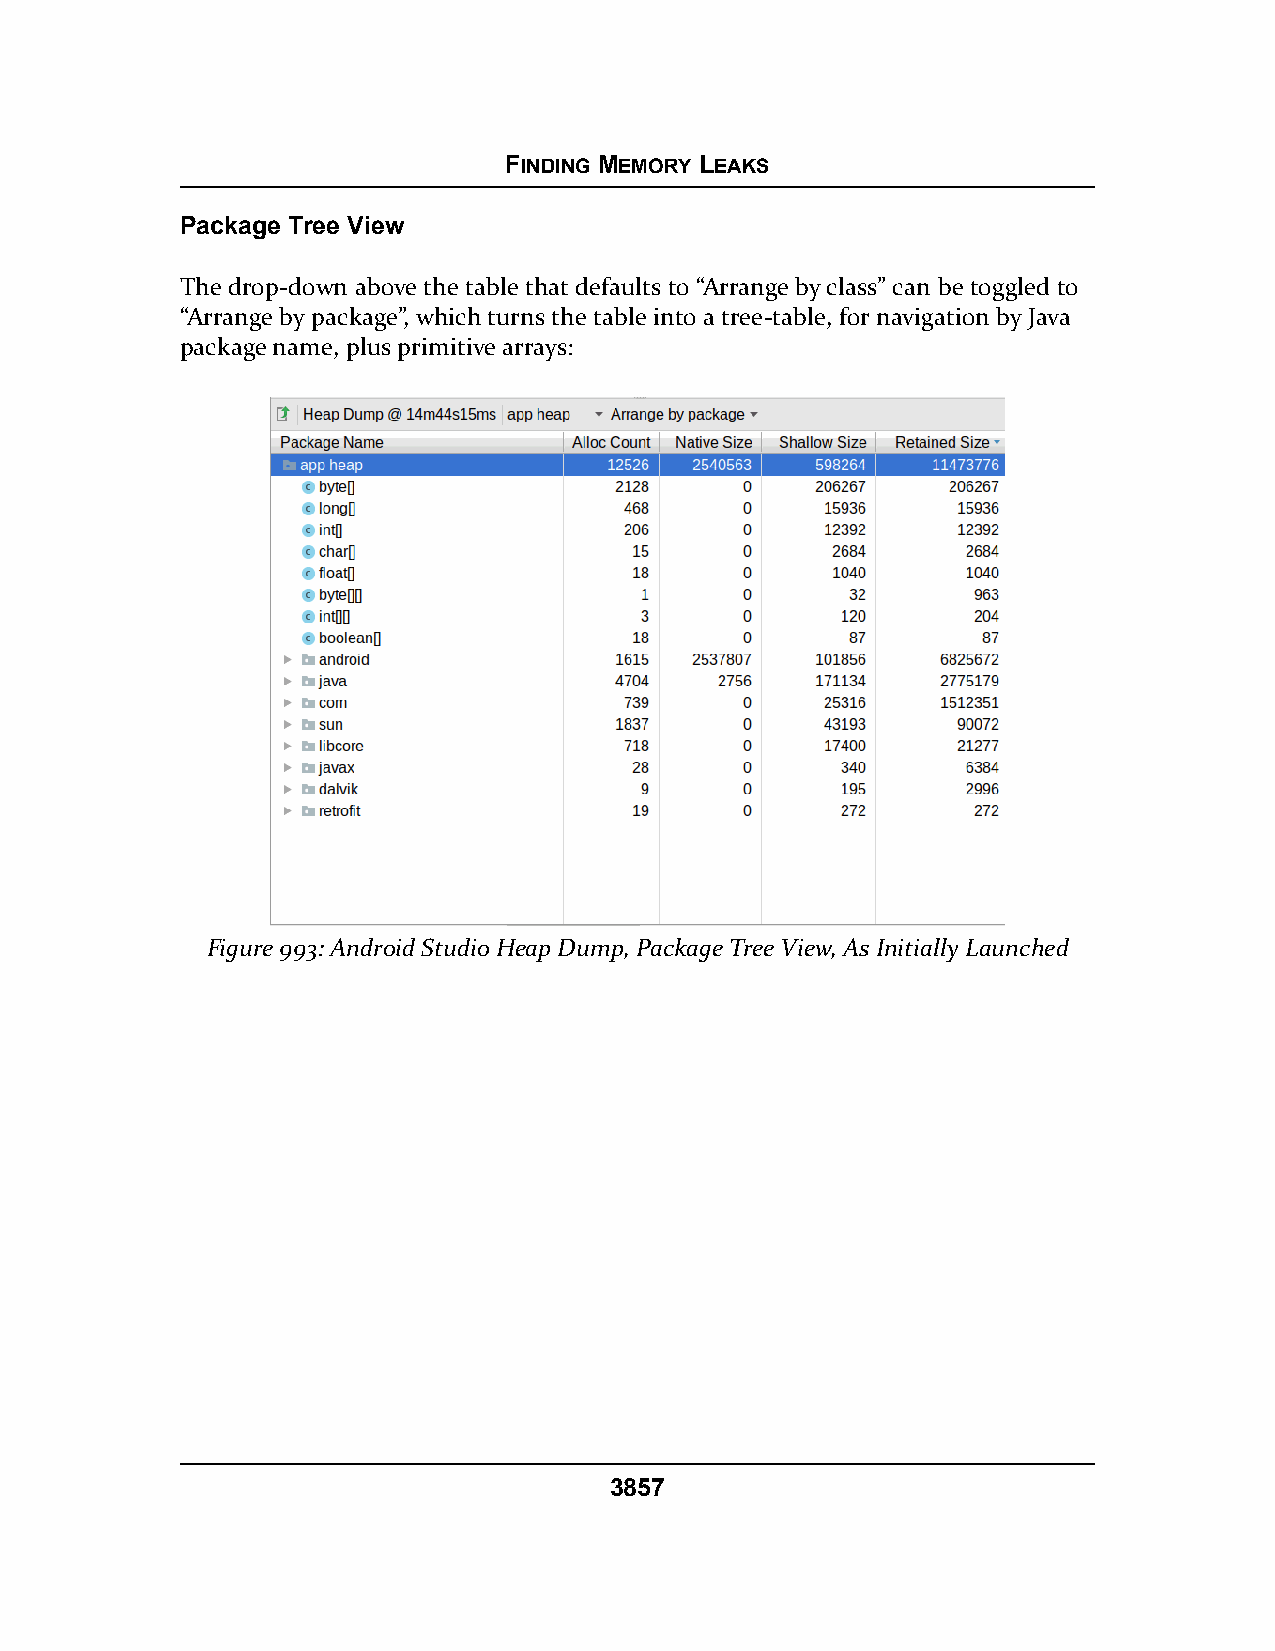
FINDING MEMORY LEAKS
 Package Tree View
 The drop-down above the table that defaults to “Arrange by class” can be toggled to
 “Arrange by package”, which turns the table into a tree-table, for navigation by Java
 package name, plus primitive arrays:
 Figure 993: Android Studio Heap Dump, Package Tree View, As Initially Launched
 3857